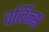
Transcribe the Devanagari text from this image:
वर्जिन्स